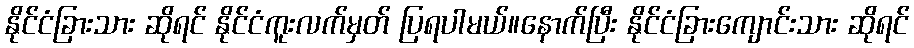
နိုင်ငံခြားသား ဆိုရင် နိုင်ငံကူးလက်မှတ် ပြရပါမယ်။နောက်ပြီး နိုင်ငံခြားကျောင်းသား ဆိုရင်